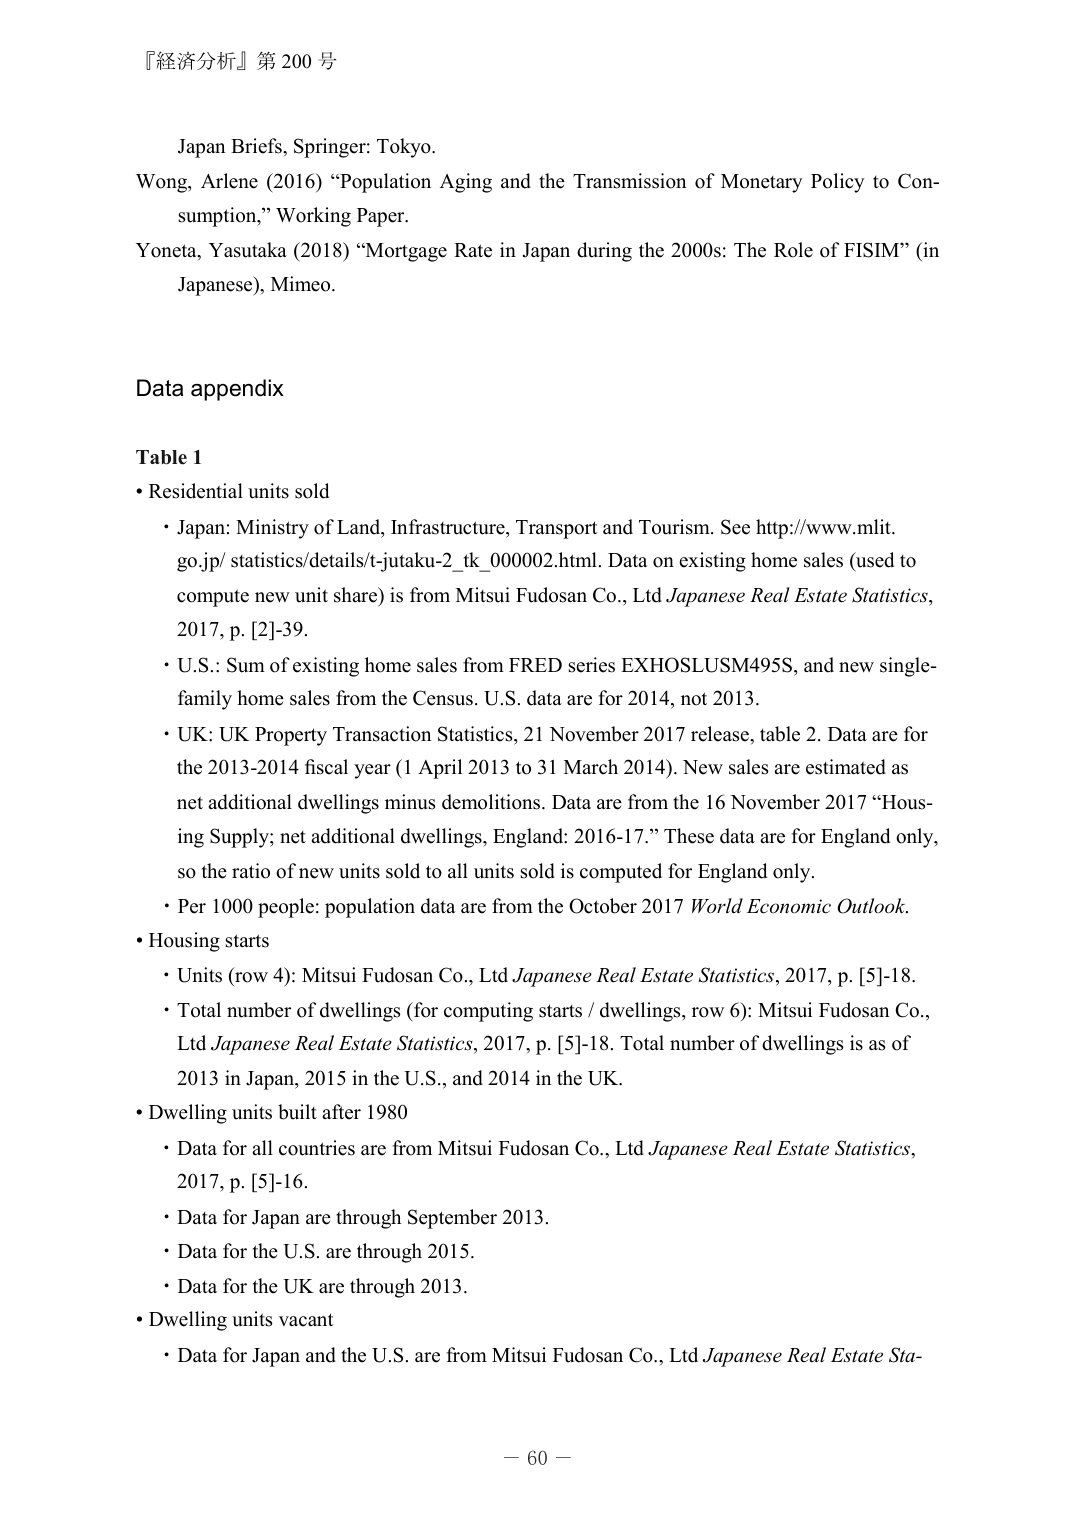
『経済分析』第200号

Japan Briefs, Springer: Tokyo.
Wong, Arlene (2016) “Population Aging and the Transmission of Monetary Policy to Consumption,” Working Paper.
Yoneta, Yasutaka (2018) “Mortgage Rate in Japan during the 2000s: The Role of FISIM” (in Japanese), Mimeo.

Data appendix

Table 1
• Residential units sold
  • Japan: Ministry of Land, Infrastructure, Transport and Tourism. See http://www.mlit.go.jp/statistics/details/t-jutaku-2_tk_000002.html. Data on existing home sales (used to compute new unit share) is from Mitsui Fudosan Co., Ltd Japanese Real Estate Statistics, 2017, p. [2]-39.
  • U.S.: Sum of existing home sales from FRED series EXHOSLUSM495S, and new single-family home sales from the Census. U.S. data are for 2014, not 2013.
  • UK: UK Property Transaction Statistics, 21 November 2017 release, table 2. Data are for the 2013-2014 fiscal year (1 April 2013 to 31 March 2014). New sales are estimated as net additional dwellings minus demolitions. Data are from the 16 November 2017 “Housing Supply; net additional dwellings, England: 2016-17.” These data are for England only, so the ratio of new units sold to all units sold is computed for England only.
  • Per 1000 people: population data are from the October 2017 World Economic Outlook.
• Housing starts
  • Units (row 4): Mitsui Fudosan Co., Ltd Japanese Real Estate Statistics, 2017, p. [5]-18.
  • Total number of dwellings (for computing starts / dwellings, row 6): Mitsui Fudosan Co., Ltd Japanese Real Estate Statistics, 2017, p. [5]-18. Total number of dwellings is as of 2013 in Japan, 2015 in the U.S., and 2014 in the UK.
• Dwelling units built after 1980
  • Data for all countries are from Mitsui Fudosan Co., Ltd Japanese Real Estate Statistics, 2017, p. [5]-16.
  • Data for Japan are through September 2013.
  • Data for the U.S. are through 2015.
  • Data for the UK are through 2013.
• Dwelling units vacant
  • Data for Japan and the U.S. are from Mitsui Fudosan Co., Ltd Japanese Real Estate Sta-

－ 60 －